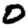
Digit: 0